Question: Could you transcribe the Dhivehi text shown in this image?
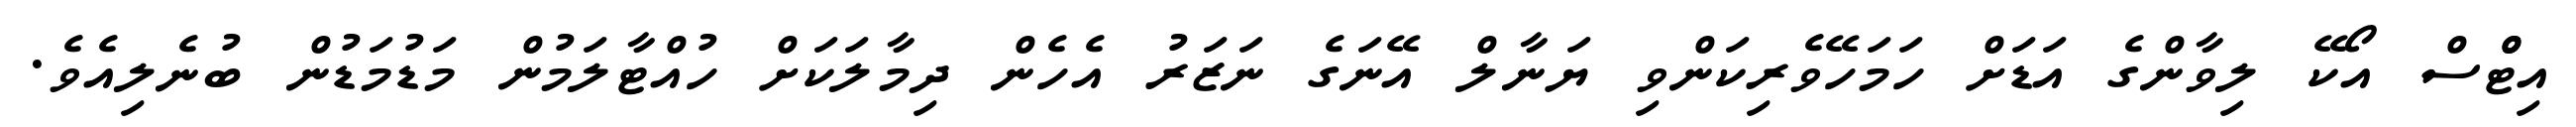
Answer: އިޓްްސް އޯކޭ ލިވާންގެ އަޑަށް ހަމަހޭވެރިކަންވި ޔަނާލް އޭނަގެ ނަޒަރު އެހެން ދިމާލަކަށް ހުއްޓާލަމުން މަޑުމަޑުން ބުނެލިއެވެ.